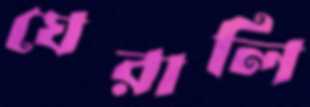
ঘেরালি